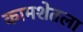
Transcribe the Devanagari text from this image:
कामशेतला